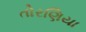
તોરણિયા